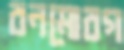
বনমোরগ